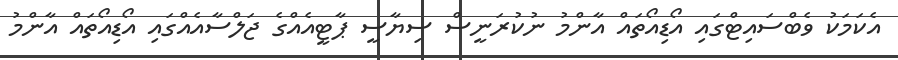
އެކަމަކު ވެބްސައިޓްގައި އޯޑިއޯތައް އާންމު ނުކުރަނީސް ސިޔާސީ ޕާޓީއެއްގެ ޖަލްސާއެއްގައި އޯޑިއޯތައް އާންމު